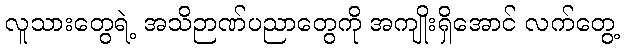
လူသားတွေရဲ့ အသိဉာဏ်ပညာတွေကို အကျိုးရှိအောင် လက်တွေ့